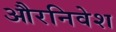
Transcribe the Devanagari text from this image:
औरनिवेश